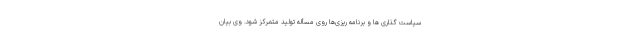
سیاست گذاری ها و برنامه ریزی‌ها روی مسأله تولید متمرکز شود. وی بیان